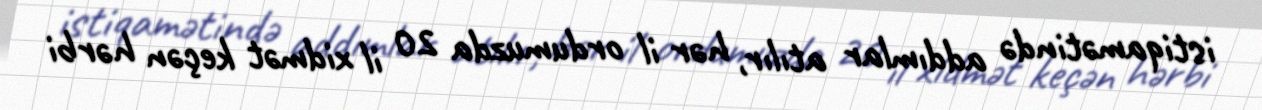
istiqamətində addımlar atılır, hər il ordumuzda 20 il xidmət keçən hərbi